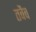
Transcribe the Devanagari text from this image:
तवैव